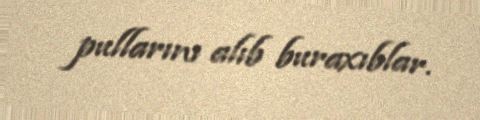
pullarını alıb buraxıblar.